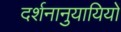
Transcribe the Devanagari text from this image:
दर्शनानुयायियों